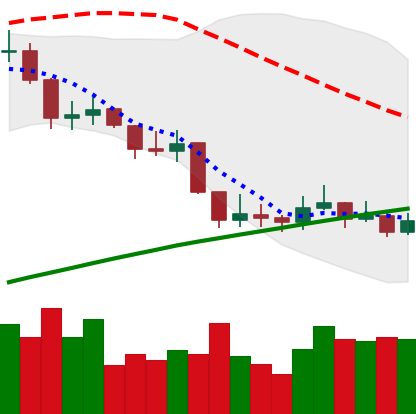
Ticker: LINK-USD
Chart end date: 2019-09-07
Forward return: -3.901%
Label: down_3_5